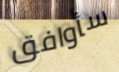
سأوافق